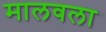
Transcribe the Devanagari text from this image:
मालवला